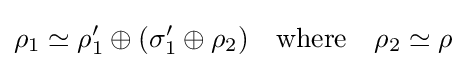
\rho _{1}\simeq \rho _{1}'\oplus (\sigma _{1}'\oplus \rho _{2})\quad {\mbox{where}}\quad \rho _{2}\simeq \rho